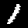
Label: 1